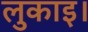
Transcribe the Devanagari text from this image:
लुकाइ।